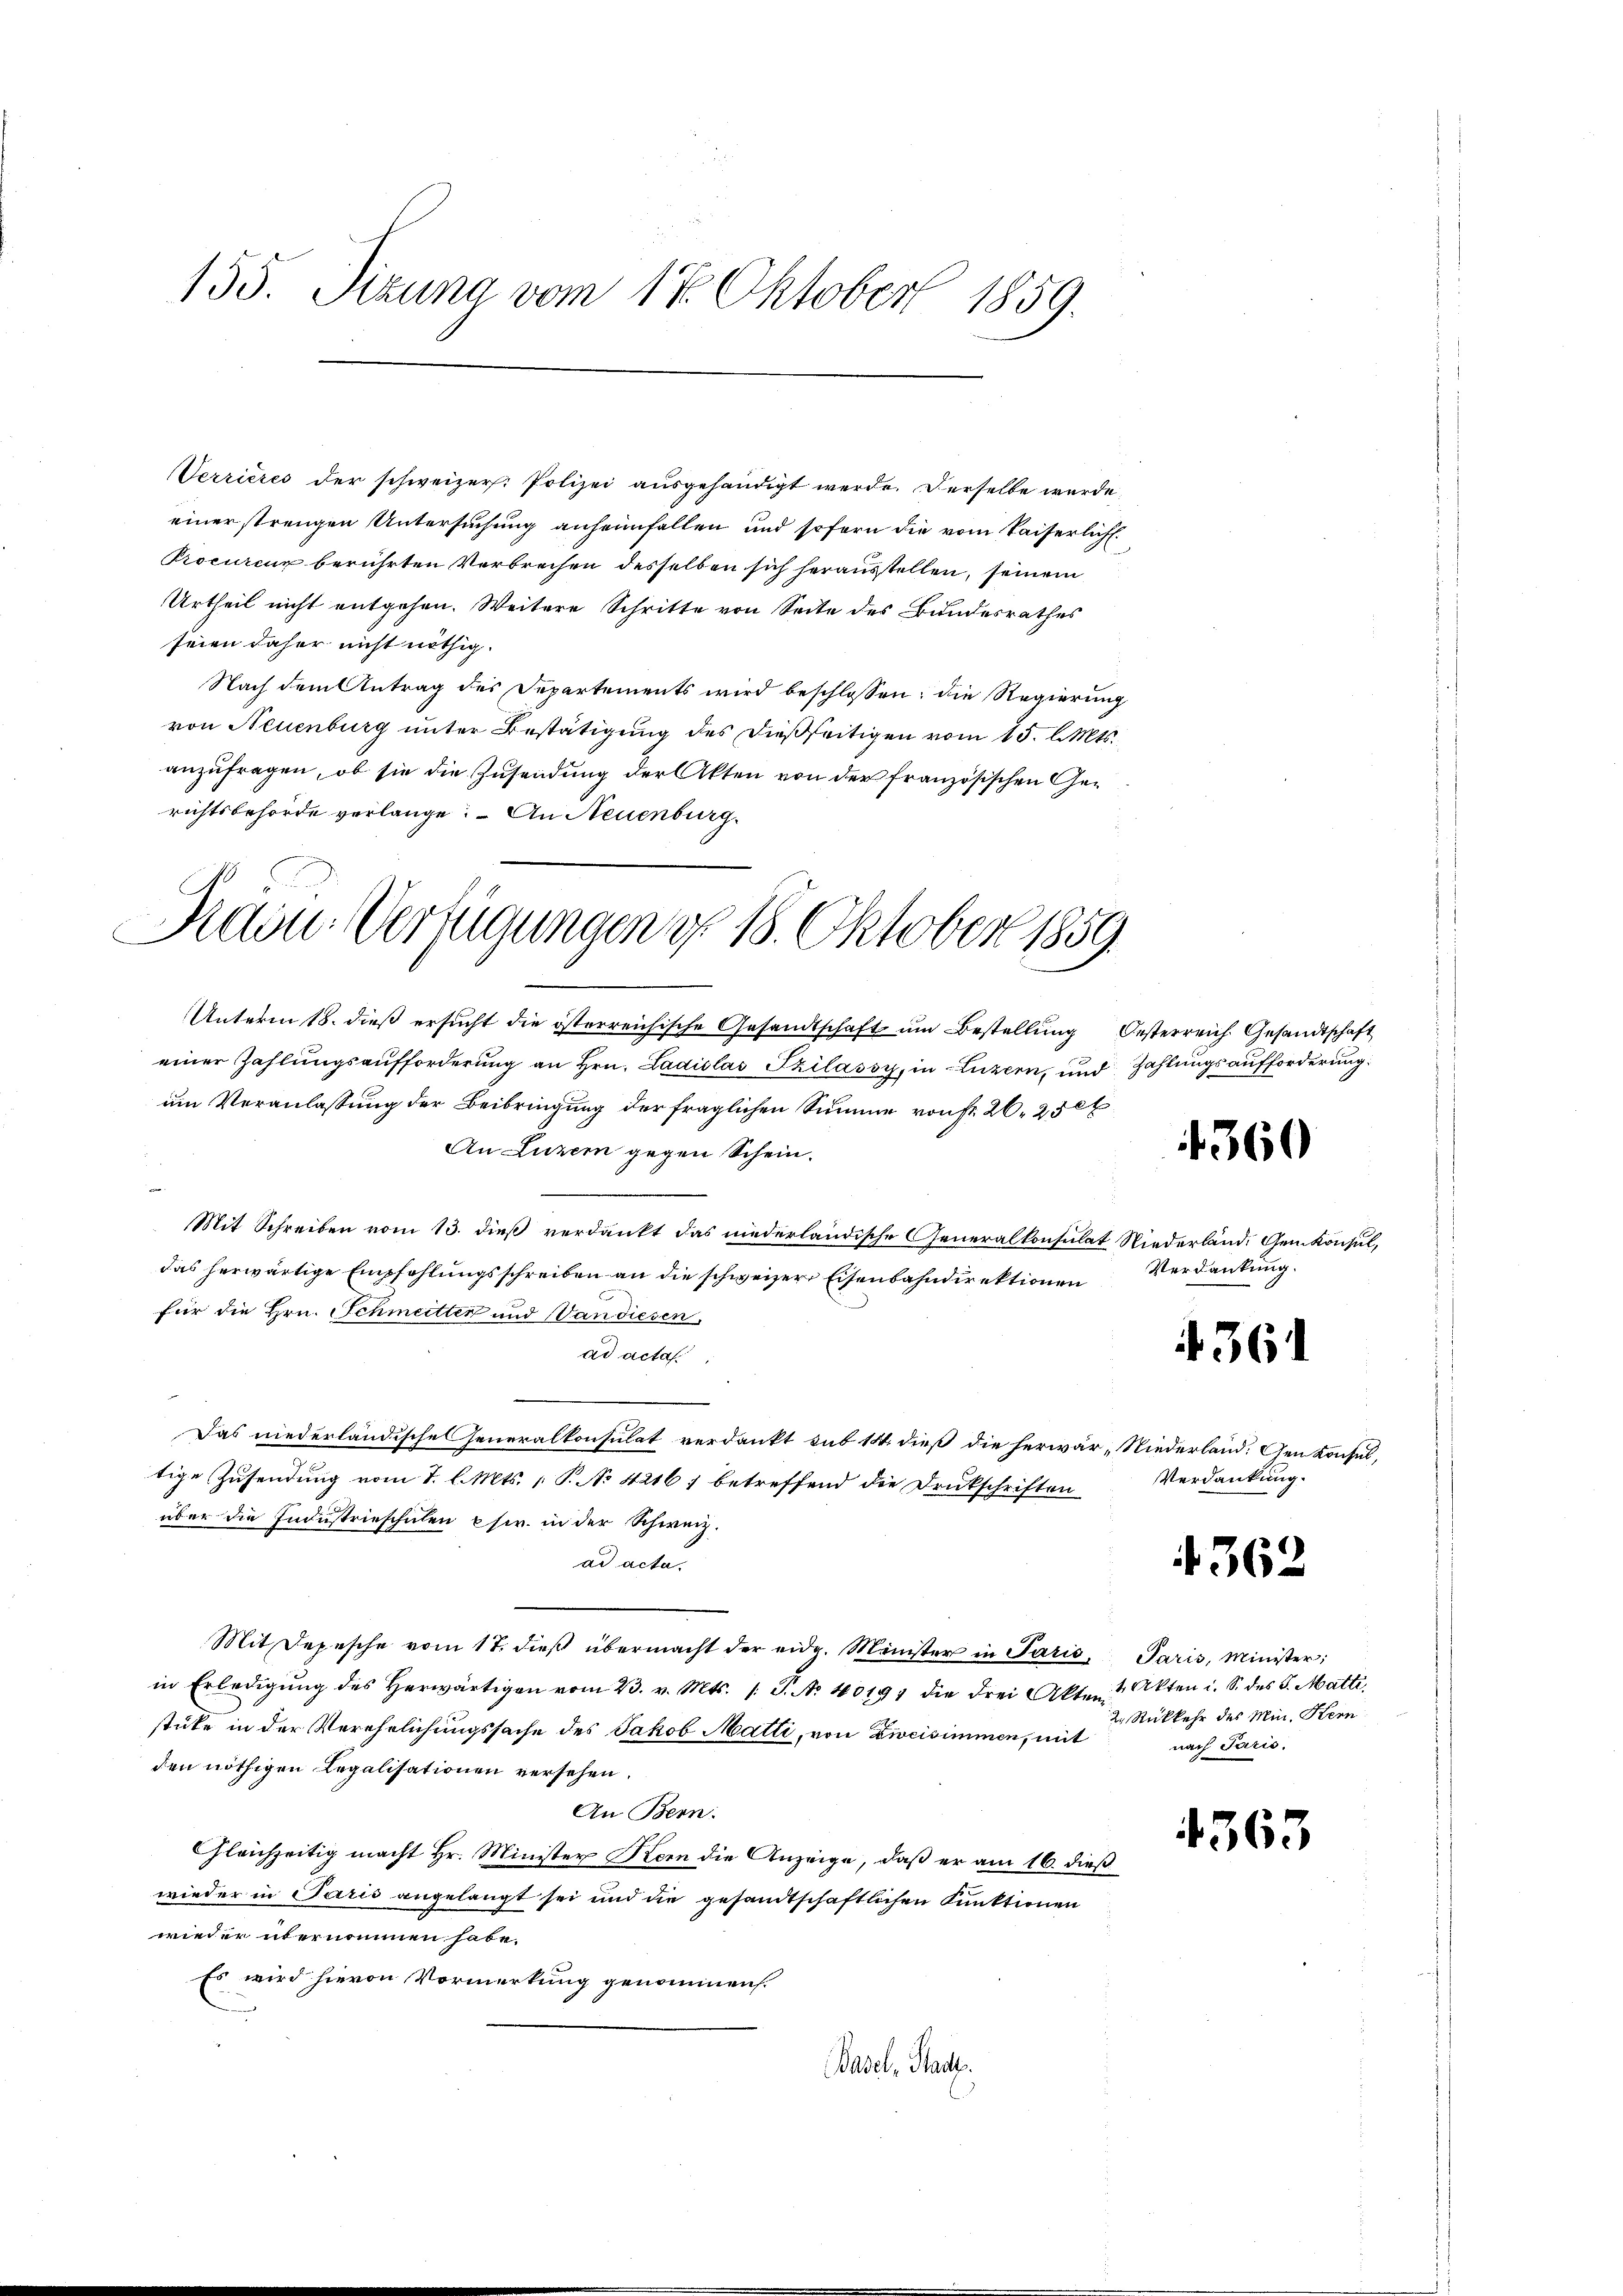
155. Sizung vom 17. Oktober 1859.

Verrieres der schweizer. Polizei ausgehändigt werde. Derselbe wurde,
einer strengen Untersuchung anheimfallen und sofern die vom Kaiserlich
Procureur berührten Verbrechen desselben sich herausstellen, seinem
Urtheil nicht entgehen. Weitere Schritte von Seite des Bundesrathes
seien daher nicht nöthig.
Nach dem Antrag des Departements wird beschlossen, die Regierung
von Neuenburg unter Bestätigung des dießseitigen vom 15. l. Mts.
anzufragen, ob sie die Zusendung der Akten von der französischen Gerichtsbehörde verlange. – An Neuenburg.
Unterm 18. dieß ersucht die österreichische Gesandtschaft um Bestellung Oesterreich Gesandtschaft
einer Zahlungsaufforderung an Hrn. Ladislas Szilássy, in Luzern, und Zahlungsaufforderung
um Veranlassung der Beibringung der fraglichen Summe von fr. 26, 25 l
An Luzern gegen Schein.
per
Mit Schreiben vom 13. dieß verdankt das niederländische Generalkonsulat Niederlände Gemkonsul,
das herwärtige Empfehlungsschreiben an die schweizer Eisenbahndirektionen Verdankung.
für die Hrn. Schmeitter und Van diesen,
ad acta
Das niederländische Generalkonsulat verdankt sub 14. dieß die herwär, Niederland. Genkonsul,
tige Zusendung vom 7. l. Mts. 1 P. No 42167 betreffend die Druckschriften
über die Industrieschulen chir. in der Schweiz.
ad acta.
Mit Depesche vom 17. dieβ übermacht der eidg. Minister in Paris. Paris, Minister;
in Erledigŭng des herwärtigen vom 23. v. Mts. 1 S. No 100191 die drei Akten Akten i. S. des 5. Matti,
stüke in der Verehelichungssache des Jakob Matti, von Zweisimmen, mit
den nöthigen Legalisationen versehen.
An Bern.
Gleichzeitig macht Hr. Minister Kern die Anzeige, daß er am 16. dieß
wieder in Paris angelangt sei und die gesamtschaftlichen Punktionen
wieder übernommen habe.
Es wird hievon Vormerkung genommen.
Basel, Stadt.

Rau. Verfügungen d. 18. Oktober 1859.

1360

361

Verdankung.

4362

2. Rückkehr des Min. Kern
nach Paris.

4363